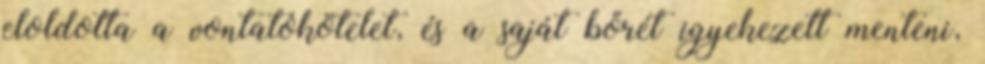
eloldotta a vontatókötelet, és a saját bőrét igyekezett menteni,